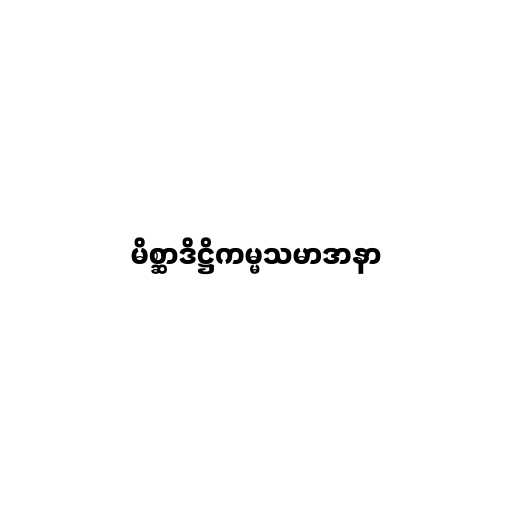
မိစ္ဆာဒိဋ္ဌိကမ္မသမာဒာနာ